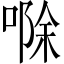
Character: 𪡷